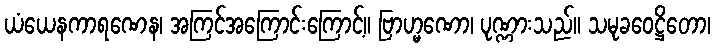
ယံယေနကာရဏေန၊ အကြင်အကြောင်းကြောင့်။ ဗြာဟ္မဏော၊ ပုဏ္ဏားသည်။ သမုခဝေဋ္ဌိတော၊